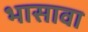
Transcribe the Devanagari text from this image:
भासावा